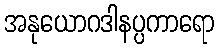
အနုယောဂဒါနပ္ပကာရော